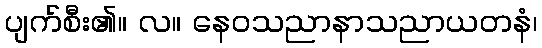
ပျက်စီး၏။ လ။ နေဝသညာနာသညာယတနံ၊